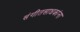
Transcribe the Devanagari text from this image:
संगीतसाधकांना